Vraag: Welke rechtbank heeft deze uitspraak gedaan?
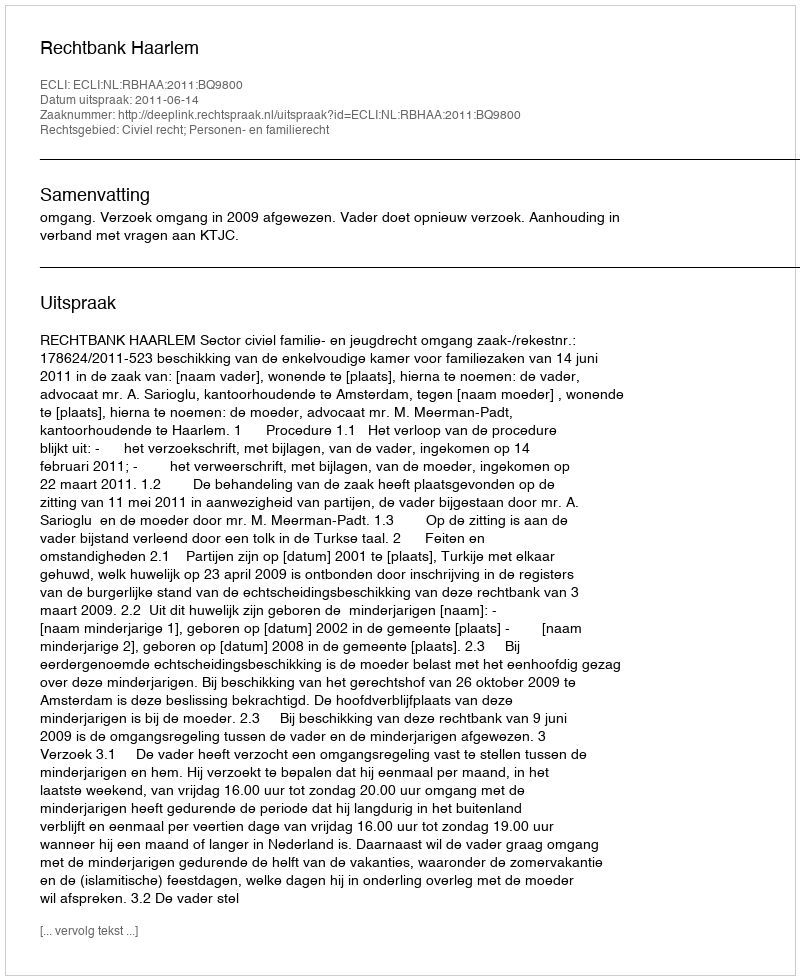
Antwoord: Rechtbank Haarlem